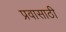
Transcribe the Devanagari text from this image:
प्रवासाठी